Report on sanitation, dispensaries, and jails in Rajputana for 1910, and on vaccination for the year 1910-1911 - 1910-1911
Year: 1910
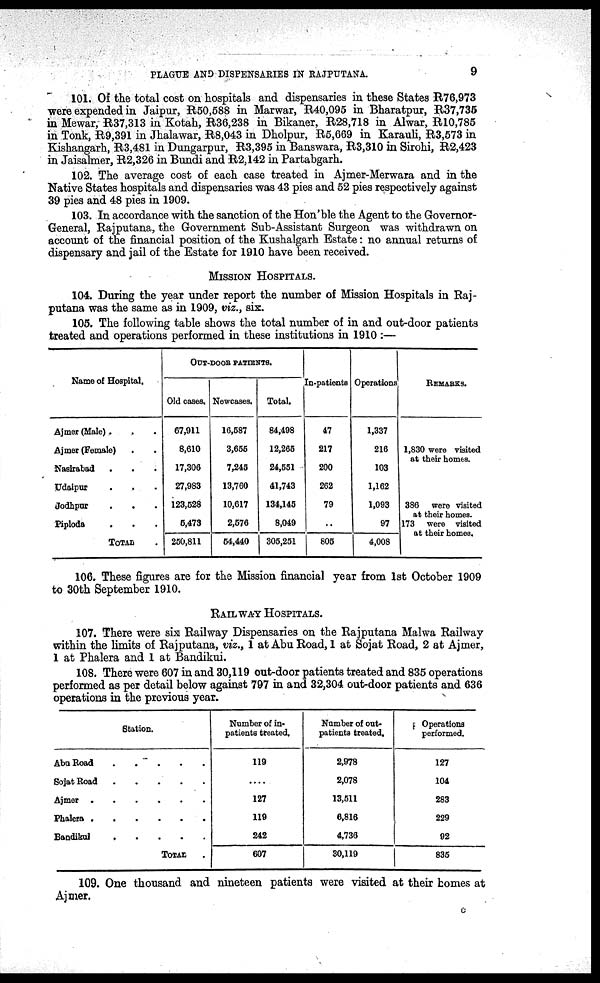
PLAGUE AND DISPENSARIES IN RAJPUTANA.
9
101. Of the total cost on hospitals and dispensaries in these States R76,973
were expended in Jaipur, R50,588 in Marwar, R40,095 in Bharatpur, R37,735
in Mewar, R37,313 in Kotah, R36,238 in Bikaner, R28,718 in Alwar, R10,785
in Tonk, R9,391 in Jhalawar, R8,043 in Dholpur, R5,669 in Karauli, R3,573 in
Kishangarh, R3,481 in Dungarpur, R3,395 in Banswara, R3,310 in Sirohi, R2,423
in Jaisalmer, R2,326 in Bundi and R2,142 in Partabgarh.
102. The average cost of each case treated in Ajmer-Merwara and in the
Native States hospitals and dispensaries was 43 pies and 52 pies respectively against
39 pies and 48 pies in 1909.
103. In accordance with the sanction of the Hon'ble the Agent to the Governor¬
General, Rajputana, the Government Sub-Assistant Surgeon was withdrawn on
account of the financial position of the Kushalgarh Estate: no annual returns of
dispensary and jail of the Estate for 1910 have been received.
MISSION HOSPITALS.
104. During the year under report the number of Mission Hospitals in Raj-
putana was the same as in 1909, viz., six.
105. The following table shows the total number of in and out-door patients
treated and operations performed in these institutions in 1910:—
Name of Hospital.
Ajmer (Male). . .
Ajmer (Female) . .
Nasirabad . . .
Udaipur . . .
Jodhpur . . .
Piploda . . .
TOTAL .
OUT-DOOR PATIENTS.
Old cases.
67,911
8,610
17,306
27,983
123,528
5,473
250,811
Newcases.
16,587
3,655
7,245
13,760
10,617
2,576
54,440
Total.
84,498
12,265
24,551
41,743
134,145
8,049
305,251
In-patients
47
217
200
262
79
..
805
Operations
1,337
216
103
1,162
1,093
97
4,008
REMARKS.
1,830 were visited
at their homes.
386 were visited
at their homes.
173 were visited
at their homes.
106. These figures are for the Mission financial year from 1st October 1909
to 30th September 1910.
RAILWAY HOSPITALS.
107. There were six Railway Dispensaries on the Rajputana Malwa Railway
within the limits of Rajputana, viz., 1 at Abu Road, 1 at Sojat Road, 2 at Ajmer,
1 at Phalera and 1 at Bandikui.
108. There were 607 in and 30,119 out-door patients treated and 835 operations
performed as per detail below against 797 in and 32,304 out-door patients and 636
operations in the previous year.
Station.
Abu Road . . . . .
Sojat Road . . . . .
Ajmer . . . . . .
Phalera . . . . . .
Bandikul . . . . .
TOTAL
Number of in¬
patients treated.
119
....
127
119
242
607
Number of out¬
patients treated.
2,978
2,078
13,511
6,816
4,736
30,119
Operations
performed.
127
104
283
229
92
835
109. One thousand and nineteen patients were visited at their homes at
Ajmer.